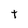
Character: t